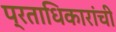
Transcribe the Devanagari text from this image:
प्रताधिकारांची